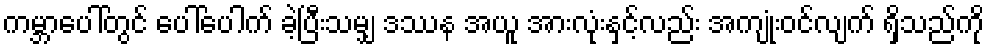
ကမ္ဘာပေါ်တွင် ပေါ်ပေါက် ခဲ့ပြီးသမျှ ဒဿန အယူ အားလုံးနှင့်လည်း အကျုံးဝင်လျက် ရှိသည်ကို